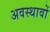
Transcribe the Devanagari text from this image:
अवस्थावों